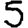
Digit: 5